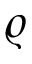
\varrho